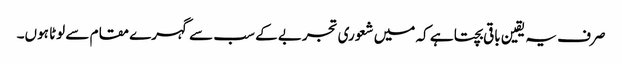
صرف یہ یقین باقی بچتا ہے کہ میں شعوری تجربے کے سب سے گہرے مقام سے لوٹا ہوں۔